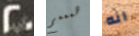
20 همممم انه